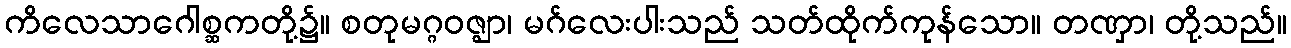
ကိလေသာဂေါစ္ဆကတို့၌။ စတုမဂ္ဂဝဇ္ဈာ၊ မဂ်လေးပါးသည် သတ်ထိုက်ကုန်သော။ တဏှာ၊ တို့သည်။